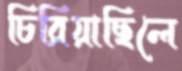
চিরিয়াছিলে